Lunatic asylums Bombay report 1891-1903 - 1891-1903
Year: 1891
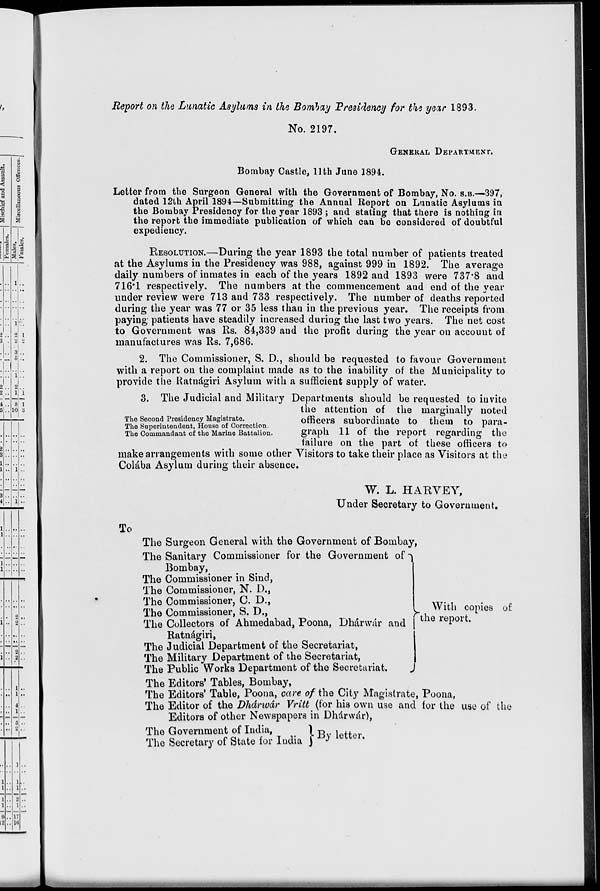
Report on the Lunatic Asylums in the Bombay Presidency for the year 1893.
No. 2197.
GENERAL DEPARTMENT.
Bombay Castle, 11th June 1894.
Letter from the Surgeon General with the Government of Bombay, No. S.B.—397,
dated 12th April 1894—Submitting the Annual Report on Lunatic Asylums in
the Bombay Presidency for the year 1893 ; and stating that there is nothing in
the report the immediate publication of which can be considered of doubtful
expediency.
RESOLUTION.—During the year 1893 the total number of patients treated
at the Asylums in the Presidency was 988, against 999 in 1892. The average
daily numbers of inmates in each of the years 1892 and 1893 were 737.8 and
716.1 respectively. The numbers at the commencement and end of the year
under review were 713 and 733 respectively. The number of deaths reported
during the year was 77 or 35 less than in the previous year. The receipts from
paying patients have steadily increased during the last two years. The net cost
to Government was Rs. 84,339 and the profit during the year on account of
manufactures was Rs. 7,686.
2. The Commissioner, S. D., should be requested to favour Government
with a report on the complaint made as to the inability of the Municipality to
provide the Ratnágiri Asylum with a sufficient supply of water.
The Second Presidency Magistrate.
The Superintendent, House of Correction.
The Commandant of the Marine Battalion.
3. The Judicial and Military Departments should be requested to invite
the attention of the marginally noted
officers subordinate to them to para-
graph 11 of the report regarding the
failure on the part of these officers to
make arrangements with some other Visitors to take their place as Visitors at the
Colába Asylum during their absence.
W. L. HARVEY,
Under Secretary to Government.
To
The Surgeon General with the Government of Bombay
The Sanitary Commissioner for the Government of
Bombay,
The Commissioner in Sind,
The Commissioner, N. D.,
The Commissioner, C. D.,
The Commissioner, S. D.,
The Collectors of Ahmedabad, Poona, Dhárwár and
Ratnágiri,
The Judicial Department of the Secretariat,
The Military Department of the Secretariat,
The Public Works Department of the Secretariat.
With copies of
the report.
The Editors. Tables, Bombay,
The Editors. Table, Poona, care of the City Magistrate, Poona,
The Editor of the Dhárwár Vritt (for his own use and for the use of the
Editors of other Newspapers in Dhárwár),
The Government of India,
The Secretary of State for India
By letter.